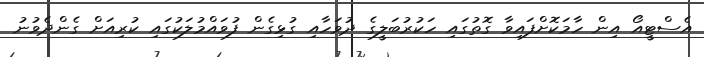
އެސްޓީއޯ އިން ހާމަކޮށްފައިވާ ގޮތުގައި ހަކުރުބަލީގެ ދުވަހާއި ގުޅިގެން ފުވައްމުލަކުގައި ކުރިއަށް ގެންދެވުނު